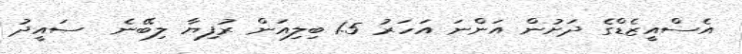
އެސްއީޒެޑްގެ ދަށުން އަންނަ އަހަރު 1.5 ބިލިއަން ރުފިޔާ ލިބޭނެ  ސައީދު